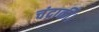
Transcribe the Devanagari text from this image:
चंद्रार्की।